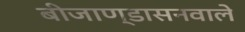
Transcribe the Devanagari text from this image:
बीजाण्डासनवाले